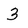
Character: 3